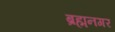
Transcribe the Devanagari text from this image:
ब्रह्मनगर